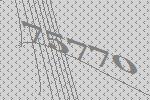
75770